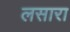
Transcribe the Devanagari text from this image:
लसारा